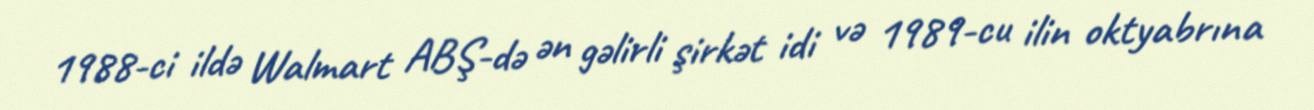
1988-ci ildə Walmart ABŞ-də ən gəlirli şirkət idi və 1989-cu ilin oktyabrına